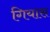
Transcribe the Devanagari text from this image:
गियास